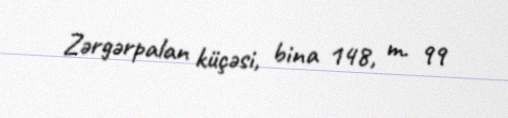
Zərgərpalan küçəsi, bina 148, m. 99